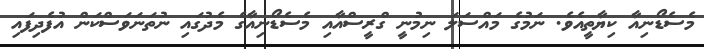
މެސެޑޯނިއާ ކިޔާތީއެވެ. ނަމުގެ މައްސަލަ ނިމުނީ ގްރީސްއާއި މެސެޑޯނިއާގެ މެދުގައި ނުތަނަވަސްކަން އުފެދިފައި